Indian Medical Review
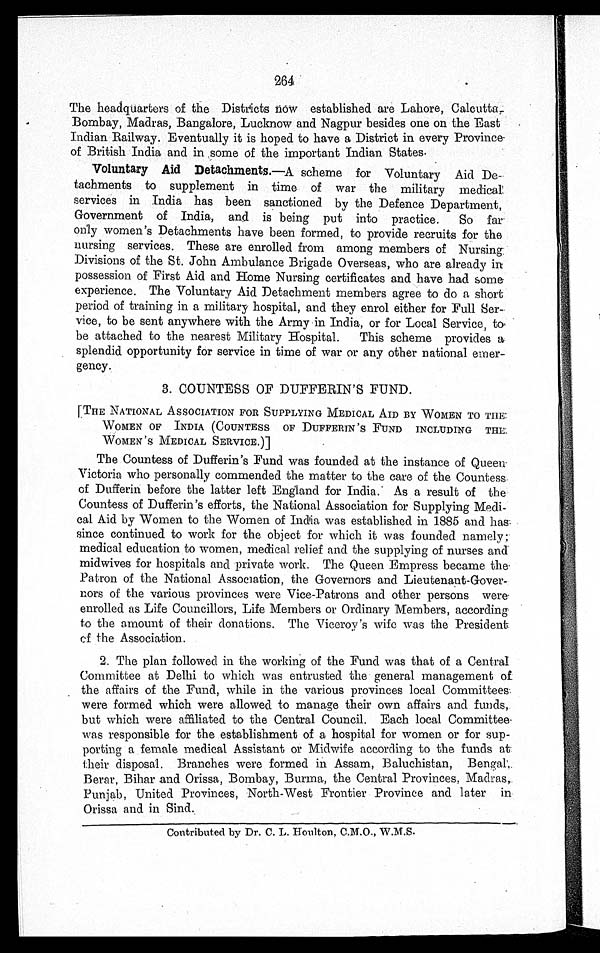
264
The headquarters of the Districts now
established are Lahore, Calcutta
-
Bombay, Madras, Bangalore, Lucknow and Nagpur besides one on the East
Indian Railway. Eventually it is hoped to have a District in every Province
of British India and in some of the important Indian States.
Voluntary Aid Detachments. —A scheme for Voluntary Aid De
-
tachments to supplement in time of war the military medical
services in India has been sanctioned by the Defence Department,
Government of India, and is being put into practice. So far
only women's Detachments have been formed, to provide recruits for the
nursing services. These are enrolled from among members of Nursing
Divisions of the St. John Ambulance Brigade Overseas, who are already in
possession of First Aid and Home Nursing certificates and have had some
experience. The Voluntary Aid Detachment members agree to do a short
period of training in a military hospital, and they enrol either for Full Ser
-
vice, to be sent anywhere with the Army in India, or for Local Service, to
be attached to the nearest Military Hospital. This scheme provides a
splendid opportunity for service in time of war or any other national emer
-
gency.
3. COUNTESS OF DUFFERIN'S FUND.
[THE NATIONAL ASSOCIATION FOR SUPPLYING MEDICAL AID BY WOMEN TO THE
WOMEN OF INDIA (COUNTESS OF DUFFERIN ' S FUND INCLUDING THE
WOMEN ' S MEDICAL SERVICE.)]
The Countess of Dufferin's Fund was founded at the instance of Queen
Victoria who personally commended the matter to the care of the Countess
of Dufferin before the latter left England for India. As a result of the
Countess of Dufferin's efforts, the National Association for Supplying Medi
-
cal Aid by Women to the Women of India was established in 1885 and has
since continued to work for the object for which it was founded namely;
medical education to women, medical relief and the supplying of nurses and
midwives for hospitals and private work. The Queen Empress became the
Patron of the National Association, the Governors and Lieutenant-Gover
-
nors of the various provinces were Vice-Patrons and other persons were
enrolled as Life Councillors, Life Members or Ordinary Members, according
to the amount of their donations. The Viceroy's wife was the President
of the Association.
2. The plan followed in the working of the Fund was that of a Central
Committee at Delhi to which was entrusted the general management of
the affairs of the Fund, while in the various provinces local Committees
were formed which were allowed to manage their own affairs and funds,
but which were affiliated to the Central Council. Each local Committe
e
was responsible for the establishment of a hospital for women or for sup
-
porting a female medical Assistant or Midwife according to the funds at
their disposal. Branches were formed in Assam, Baluchistan, Bengal,
Berar, Bihar and Orissa, Bombay, Burma, the Central Provinces, Madras,
Punjab, United Provinces, North-West Frontier Province and later in
Orissa and in Sind.
Contributed by Dr. C. L. Houlton, C.M.O., W.M.S.